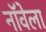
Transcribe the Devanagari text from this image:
नॉवेला